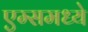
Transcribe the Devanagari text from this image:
एम्समध्ये